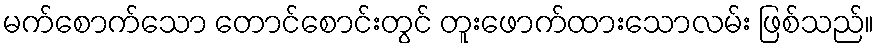
မက်စောက်သော တောင်စောင်းတွင် တူးဖောက်ထားသောလမ်း ဖြစ်သည်။